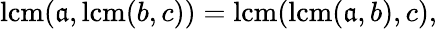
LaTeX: \operatorname{lcm}(\mathfrak{a},\operatorname{lcm}(b,c))=\operatorname{lcm}(\operatorname{lcm}(\mathfrak{a},b),c),